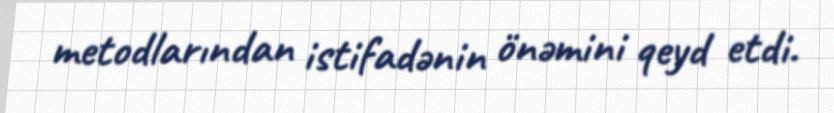
metodlarından istifadənin önəmini qeyd etdi.